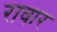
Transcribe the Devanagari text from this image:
रावार